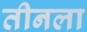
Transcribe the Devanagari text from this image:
तीनला